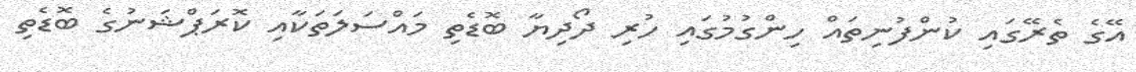
އޭގެ ތެރޭގައި ކުންފުނިތައް ހިންގުމުގައި ހުރި ދޯދިޔާ ބޮޑެތި މައްސަލަތަކާއި ކޮރަޕްޝަނުގެ ބޮޑެތި